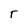
Character: r